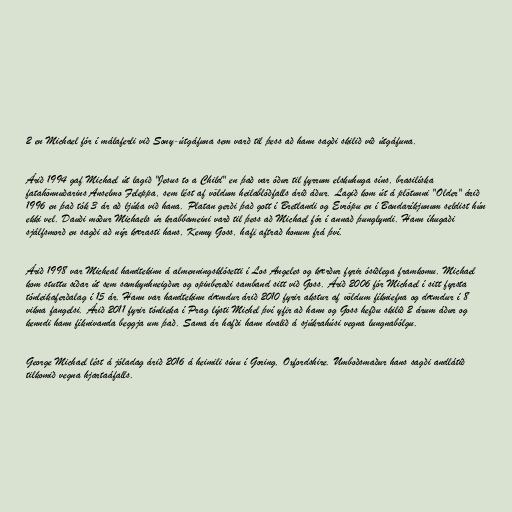
2 en Michael fór í málaferli við Sony-útgáfuna sem varð til þess að hann sagði skilið við útgáfuna.

Árið 1994 gaf Michael út lagið "Jesus to a Child" en það var óður til fyrrum elskuhuga síns, brasilíska
fatahönnuðarins Anselmo Feleppa, sem lést af völdum heilablóðfalls árið áður. Lagið kom út á plötunni "Older" árið
1996 en það tók 3 ár að ljúka við hana. Platan gerði það gott í Bretlandi og Evrópu en í Bandaríkjunum seldist hún
ekki vel. Dauði móður Michaels úr krabbameini varð til þess að Michael fór í annað þunglyndi. Hann íhugaði
sjálfsmorð en sagði að nýr kærasti hans, Kenny Goss, hafi aftrað honum frá því.

Árið 1998 var Micheal handtekinn á almenningsklósetti í Los Angeles og kærður fyrir ósiðlega framkomu. Michael
kom stuttu síðar út sem samkynhneigður og opinberaði samband sitt við Goss. Árið 2006 fór Michael í sitt fyrsta
tónleikaferðalag í 15 ár. Hann var handtekinn dæmdur árið 2010 fyrir akstur af völdum fíkniefna og dæmdur í 8
vikna fangelsi. Árið 2011 fyrir tónlieka í Prag lýsti Michel því yfir að hann og Goss hefðu skilið 2 árum áður og
kenndi hann fíknivanda beggja um það. Sama ár hafði hann dvalið á sjúkrahúsi vegna lungnabólgu.

George Michael lést á jóladag árið 2016 á heimili sínu í Goring, Oxfordshire. Umboðsmaður hans sagði andlátið
tilkomið vegna hjartaáfalls.